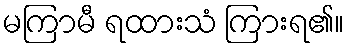
မကြာမီ ရထားသံ ကြားရ၏။